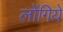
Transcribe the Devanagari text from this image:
लोंगिये